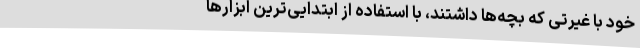
خود با غیرتی که بچه‌ها داشتند، با استفاده از ابتدایی‌ترین ابزارها